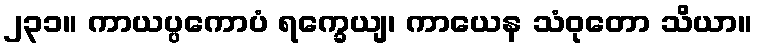
၂၃၁။ ကာယပ္ပကောပံ ရက္ခေယျ၊ ကာယေန သံဝုတော သိယာ။